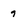
Character: 9